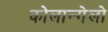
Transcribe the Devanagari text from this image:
कोलान्गेलो